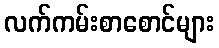
လက်ကမ်းစာစောင်များ